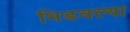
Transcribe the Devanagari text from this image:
भिडवल्या